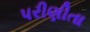
પરીણીતા